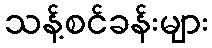
သန့်စင်ခန်းများ